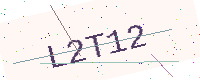
Text: L2T12